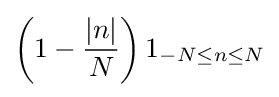
\left(1-{\frac {|n|}{N}}\right)1_{-N\leq n\leq N}